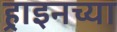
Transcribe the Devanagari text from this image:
र्‍हाइनच्या